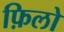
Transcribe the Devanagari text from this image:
फ़िलो